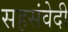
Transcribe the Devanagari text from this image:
सहसंवेदी